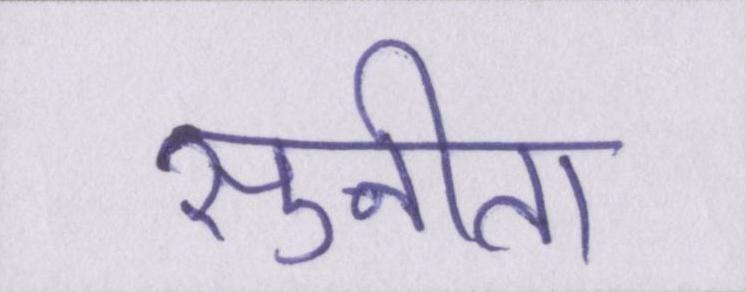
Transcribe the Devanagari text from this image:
सुनीता